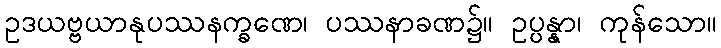
ဥဒယဗ္ဗယာနုပဿနက္ခဏေ၊ ပဿနာခဏ၌။ ဥပ္ပန္နာ၊ ကုန်သော။